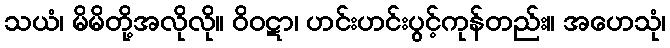
သယံ၊ မိမိတို့အလိုလို။ ဝိဝဋာ၊ ဟင်းဟင်းပွင့်ကုန်တည်း။ အဟေသုံ၊